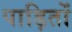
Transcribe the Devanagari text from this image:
पाड़ितों